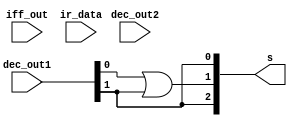

module ControlLogicGates(dec_out1, dec_out2, iff_out, ir_data, s);

input [7:0] dec_out1, dec_out2;
input iff_out;
input [15:0] ir_data;  // !
output [2:0] s;

assign s[0] = dec_out1[1];
or(s[1],  dec_out1[0],  dec_out1[1]);
assign s[2] = dec_out1[1];

endmodule